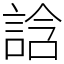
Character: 誝